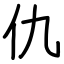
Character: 仇